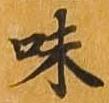
味